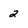
Character: 2